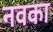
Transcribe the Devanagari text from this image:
नवका